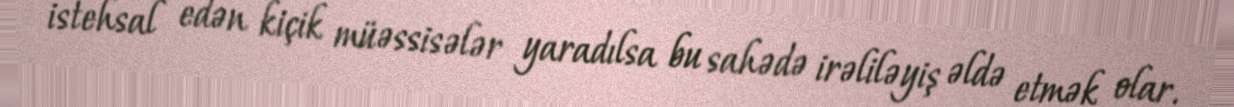
istehsal edən kiçik müəssisələr yaradılsa bu sahədə irəliləyiş əldə etmək olar.